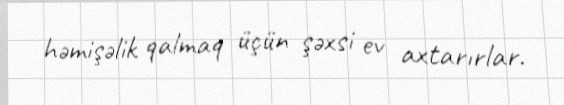
həmişəlik qalmaq üçün şəxsi ev axtarırlar.